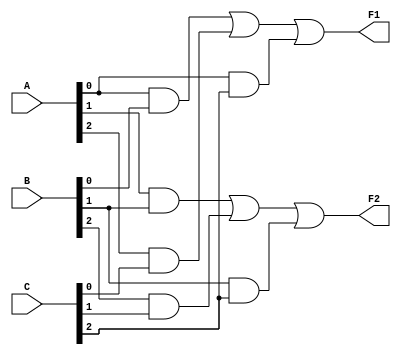
module masked_pal (
    input wire [2:0] A, // Example: 3-bit input
    input wire [2:0] B, // Example: 3-bit input
    input wire [2:0] C, // Example: 3-bit input
    output wire F1,     // Output 1
    output wire F2      // Output 2
);

// Fixed AND array (product terms)
wire P1, P2, P3, P4, P5, P6;

// AND gate implementations
assign P1 = A[0] & B[0]; // Example product term
assign P2 = A[1] & B[1]; // Example product term
assign P3 = A[2] & C[0]; // Example product term
assign P4 = B[2] & C[1]; // Example product term
assign P5 = A[0] & C[2]; // Example product term
assign P6 = B[1] & C[2]; // Example product term

// Programmable OR array
// Here we define the connections for the outputs
assign F1 = P1 | P3 | P5; // F1 is programmed to use P1, P3, P5
assign F2 = P2 | P4 | P6; // F2 is programmed to use P2, P4, P6

endmodule